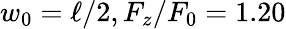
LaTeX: w_{0}=\ell/2,F_{z}/F_{0}=1.20